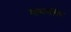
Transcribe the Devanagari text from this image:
स्तब्धसक्थि